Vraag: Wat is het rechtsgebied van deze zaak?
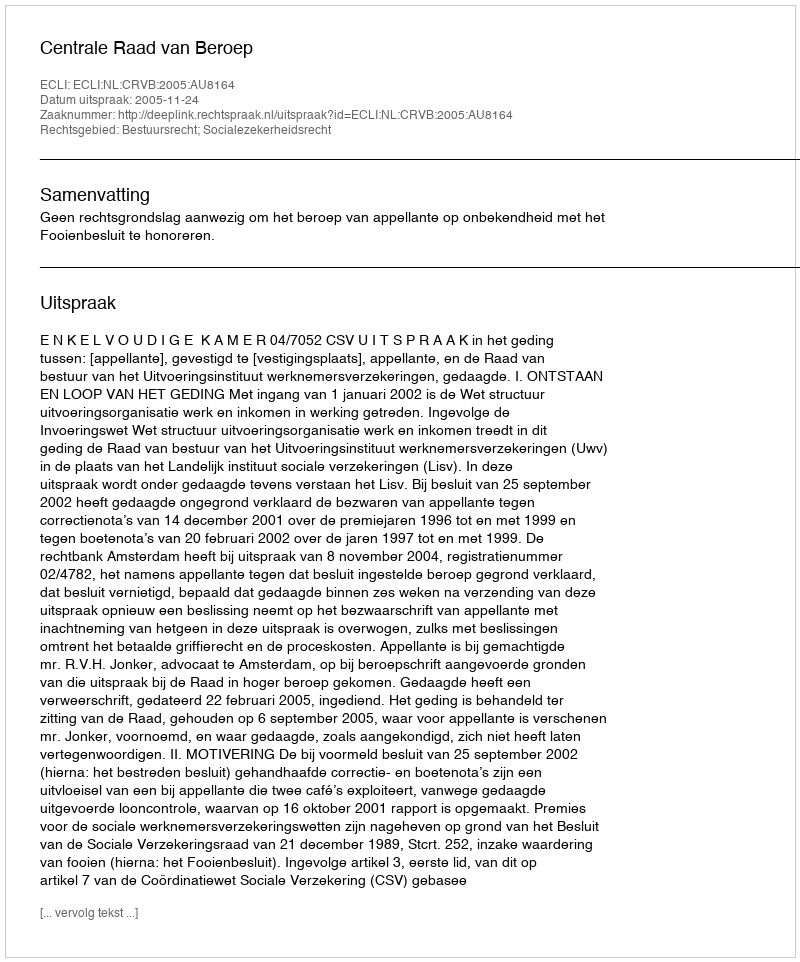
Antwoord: Bestuursrecht; Socialezekerheidsrecht